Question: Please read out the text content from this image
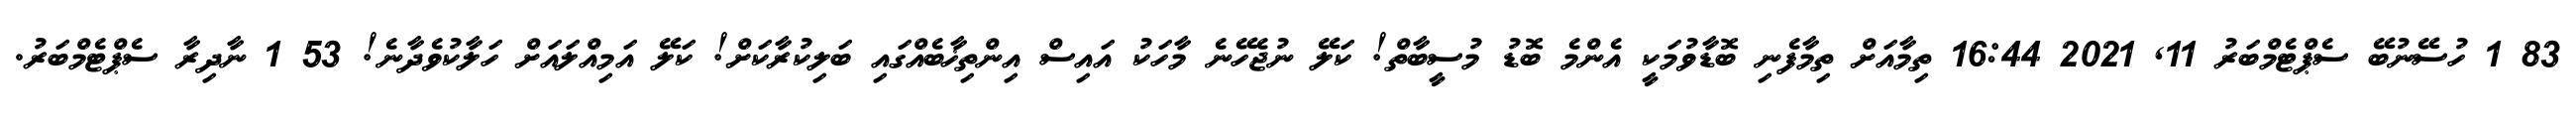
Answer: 83 1 ހުސޭނުބޭ ސެޕްޓެމްބަރު 11, 2021 16:44 ތިމާއަށް ތިމާފެނި ބޮޑާވުމަކީ އެންމެ ބޮޑު މުސީބާތް! ކަލޭ ނުޖެހޭނެ މާހަކު އައިސް އިންތިޚާބެއްގައި ބަލިކުރާކަށް! ކަލޭ އަމިއްލައަށް ހަލާކުވެދާނެ! 53 1 ނާދިރާ ސެޕްޓެމްބަރު.